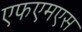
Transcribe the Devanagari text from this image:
एफएमएस